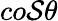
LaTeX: co\mathcal{S}\theta